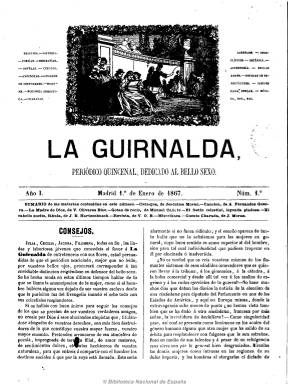
Título: La Guirnalda (Madrid)
Colección: Revistas femeninas
Ámbito geográfico: Madrid
Lugar de publicación: Madrid
Fechas: 01/01/1867-20/12/1883

Con el subtítulo “periódico quincenal dedicado al bello sexo” comienza a editarse el uno de enero de 1867, siendo su director el escritor vallisoletano Jerónimo Morán (1817-1872) y su propietario, Vicente Oliveras Biec, doctor en Derecho, profesor de los Estudios Católicos de Madrid, secretario de gobierno del Tribunal Supremo y más tarde colaborador de La ilustración católica (1877-1894). Morán y Oliveras también serán los principales redactores de una revista dedicada a la instrucción y a ampliar la cultura de la mujer “sobre las bases de la propiedad y el catolicismo más acendrado” y como periódico de modas, que pide a sus lectoras – a las que califica de “lindas y laboriosas jóvenes”- que “atendáis sobre todo a los sagrados deberes que os impone el hogar doméstico”. Sus artífices considerarán la educación de la mujer como un “adorno” tradicional y la publicación tendrá, por tanto, un sesgo conservador.

No faltarán en sus números, de ocho páginas y compuestos a dos columnas, artículos de educación religiosa, aprobados por la censura eclesiástica, que escriben Oliveras y Morán, siendo autor este de una sección denominada “Antorcha de la fe”. También contiene otros artículos sobre moral y educación de la mujer, viajes, historia, biografías, higiene, economía doméstica, botánica, astronomía, bellas artes o noticias de espectáculos, así como textos de creación literaria, tanto en prosa como en verso, como romances, cuadros de costumbres, cuentos, leyendas, dramas, novelas por entregas, como las traducidas por Elvira Cornellás y Concepción Cortada. Al final inserta una sección de pasatiempos, con anécdotas, charadas, acertijos, jeroglíficos, etc.

Entre los autores de sus textos aparecen, entre otros, A. Fernández Guerra, Manuel Cañete, J.E. Hartzenbusch, Antonio García V. Queipo, M. Ramos Carrión, José Plácido Sansón, P.A. Fernández de Córdova, Enrique Fernández Iturralde, Romualdo Gallardo, así como Blanca de Gassó y Ortiz y María Pilar Sinués de Marco. Su primer editor responsable es Blas Bernal para en 1869 serlo Eusebio Blasco.

Será también una publicación ilustrada con grabados en blanco y negro que acompañan a sus textos, como son varias vistas de ciudades españolas y extranjeras. Pero lo más destacado son su grandes pliegos de dibujos de labores para bordar, realizados por Joaquín Magistris, con orlas, festones, grecas, escudos, alfabetos, cifras, emblemas y otras fantasías, así como sus litografías a color de figurines. También reparte gratuita y mensualmente piezas de música litografiadas, e inserta anuncios comerciales.

La revista, que aparece al final del periodo isabelino, cubriendo las suscripciones de La fantasía, absorberá, en 1868, La mariposa, y después El museo artístico, traspasará la revolución septembrina como un consolidado periódico de modas y literario, manteniendo una actitud políticamente anodina. El ingeniero tinerfeño Miguel Honorio de la Cámara y Cruz (1840-1830), que había sido cofundador de la revista y que a partir de 1870 venía siendo propietario de su imprenta, se hará cargo también de su edición y dirección, tras el fallecimiento de Morán el 21 de diciembre de 1872. Seguirá siendo una publicación con los lemas educación y labores, una revista de modas dedicada a la educación de la mujer “formada en la religión y la familia”, recomendada también para colegios de señoritas, maestras rurales de instrucción primaria, además de modistas, costureras y bordadoras, pero al mismo tiempo continuará una nueva época, manteniendo su objetivo de instruir a la mujer en literatura, ciencias y artes con textos redactados expresamente en forma amena. Para entonces su cubierta es considerada como una publicación aparte, con recetas, advertencias útiles y anuncios; sigue repartiendo como extraordinario mensual un pliego de dibujos de colores, de crochet, labores varias y algunos patrones, así como piezas de música y láminas con figurines.

Aparecerán textos de, entre otros, Federico Casto, Federico Trujillo de la Peña, G. Vicuña, Julio Nombela, Eduardo Maza, Miguel Rodríguez Ferrer, J. Ortega Munilla, Salvador Torres Aguilar, Carlos Vieyra de Arbreu, Gertrudis Gómez de Avellaneda, Robustiana Armiño de Cuesta, María del Pilar Sinués de Marco o  de la Baronesa Wilson con la sección “La quincena” y con una revista de modas, firmada por Alice.

Pero de esta nueva etapa de la revista resalta sobremanera la incorporación a sus páginas del escritor Benito Pérez Galdós (1840-1920), paisano y amigo del editor, que empezará a partir de enero de 1873 una serie de “Biografías de damas célebres españolas”, y a final del mismo año la publicación de una selección de sus Episodios nacionales, así como las entregas de sus novelas Marianela y La desheredada y una sección de anécdotas denominada “Figuras de cera”. El propietario de La guirnalda será también el impresor y editor de la obras del escritor, hasta que en 1896 este inicie un pleito para recuperar sus derechos de autor, que acabará el año siguiente con un laudo arbitral por el que Galdós sufrirá, sin embargo, una importante pérdida económica.

Tras publicar su número 168 en 1873 y alcanzar su séptimo año y tomo, al año siguiente la revista había reiniciado la numeración de sus entregas, que aparecerán ahora los días cinco y veinte de cada mes, pero manteniendo las ocho páginas en folio, además de sus pliegos o ediciones de dibujos, láminas iluminadas de figurines o piezas de música. Su numeración será ahora anual, y el último de la colección de la Biblioteca Nacional de España corresponde al 20 de diciembre de 1883.

La colección publicada inicialmente en la Hemeroteca Digital incluía un archivo PDF con fecha 16 de junio de 1869, el cual contiene 81 litografías en color. Se corresponde con un volumen facticio cuyo original se conserva en el Departamento de Bellas Artes y Cartografía: se ha modificado su descripción y se ha trasladado a la colección de monografías de la Biblioteca Digital Hispánica. Se indica el enlace en el apartado "Otros enlaces".

[Descripción modificada el 8/4/2024]